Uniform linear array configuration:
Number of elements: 48
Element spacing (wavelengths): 1
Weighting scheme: hann
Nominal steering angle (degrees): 45
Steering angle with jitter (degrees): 44.607
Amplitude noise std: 0.05
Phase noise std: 0.05

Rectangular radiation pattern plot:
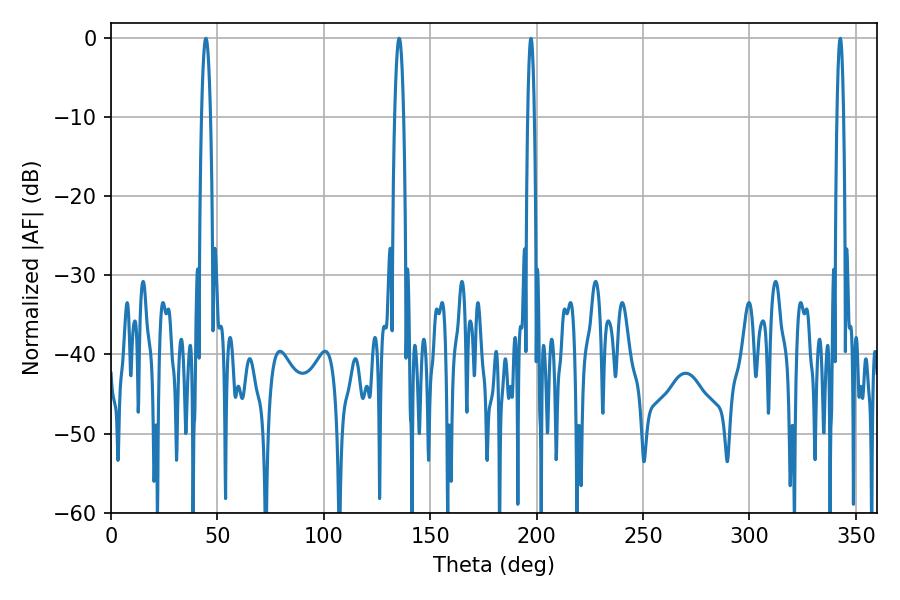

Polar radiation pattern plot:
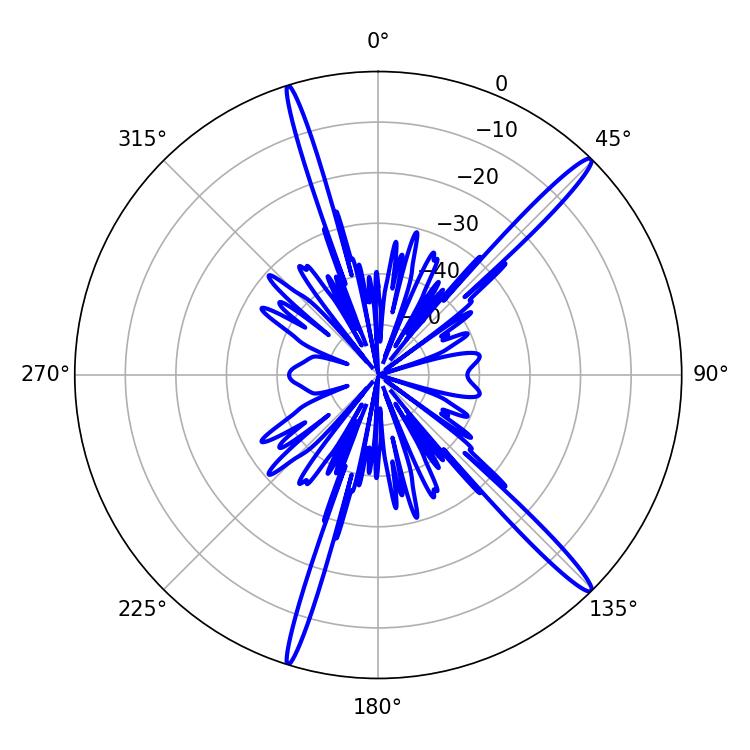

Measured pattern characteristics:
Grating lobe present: TRUE
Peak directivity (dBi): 16.708
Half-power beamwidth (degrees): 2.34
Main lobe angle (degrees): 44.64